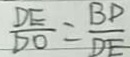
\frac { D E } { D O } = \frac { B D } { D E }